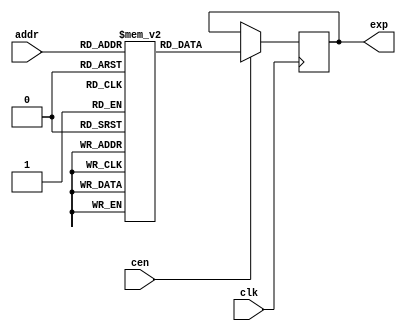


/* This file is part of JT51.

 
    JT51 program is free software: you can redistribute it and/or modify
    it under the terms of the GNU General Public License as published by
    the Free Software Foundation, either version 3 of the License, or
    (at your option) any later version.

    JT51 program is distributed in the hope that it will be useful,
    but WITHOUT ANY WARRANTY; without even the implied warranty of
    MERCHANTABILITY or FITNESS FOR A PARTICULAR PURPOSE.  See the
    GNU General Public License for more details.

    You should have received a copy of the GNU General Public License
    along with JT51.  If not, see <http://www.gnu.org/licenses/>.

    Based on hardware measurements and Sauraen VHDL version of OPN/OPN2,
    which is based on die shots.

    Author: Jose Tejada Gomez. Twitter: @topapate
    Version: 1.0
    Date: 14-4-2017 

*/

module jt51_exprom
(
    input [4:0]         addr,
    input               clk,
    input               cen,
    output reg [44:0]   exp
);

    reg [44:0] explut[31:0];
    initial
    begin
    explut[0] = 45'b111110101011010110001011010000010010111011011;
    explut[1] = 45'b111101010011010101000011001100101110110101011;
    explut[2] = 45'b111011111011010011110111001000110010101110011;
    explut[3] = 45'b111010100101010010101111000100110010101000011;
    explut[4] = 45'b111001001101010001100111000000110010100001011;
    explut[5] = 45'b110111111011010000011110111101010010011011011;
    explut[6] = 45'b110110100011001111010110111001010010010100100;
    explut[7] = 45'b110101001011001110001110110101110010001110011;
    explut[8] = 45'b110011111011001101000110110001110010001000011;
    explut[9] = 45'b110010100011001011111110101110010010000010011;
    explut[10] = 45'b110001010011001010111010101010010001111011011;
    explut[11] = 45'b101111111011001001110010100110110001110101011;
    explut[12] = 45'b101110101011001000101010100011001101101111011;
    explut[13] = 45'b101101010101000111100110011111010001101001011;
    explut[14] = 45'b101100000011000110100010011011110001100011011;
    explut[15] = 45'b101010110011000101011110011000010001011101011;
    explut[16] = 45'b101001100011000100011010010100101101010111011;
    explut[17] = 45'b101000010011000011010010010001001101010001011;
    explut[18] = 45'b100111000011000010010010001101101101001011011;
    explut[19] = 45'b100101110011000001001110001010001101000101011;
    explut[20] = 45'b100100100011000000001010000110010000111111011;
    explut[21] = 45'b100011010010111111001010000011001100111001011;
    explut[22] = 45'b100010000010111110000101111111101100110011011;
    explut[23] = 45'b100000110010111101000001111100001100101101011;
    explut[24] = 45'b011111101010111100000001111000101100101000010;
    explut[25] = 45'b011110011010111011000001110101001100100010011;
    explut[26] = 45'b011101001010111010000001110001110000011100011;
    explut[27] = 45'b011100000010111001000001101110010000010110011;
    explut[28] = 45'b011010110010111000000001101011001100010001011;
    explut[29] = 45'b011001101010110111000001100111101100001011011;
    explut[30] = 45'b011000100000110110000001100100010000000110010;
    explut[31] = 45'b010111010010110101000001100001001100000000011;
    end

    always @ (posedge clk) if(cen) begin
        exp <= explut[addr];
    end

endmodule